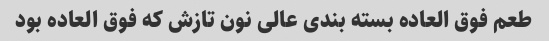
طعم فوق العاده بسته بندی عالی نون تازش که فوق العاده بود